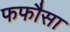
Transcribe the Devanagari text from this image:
फफौसा